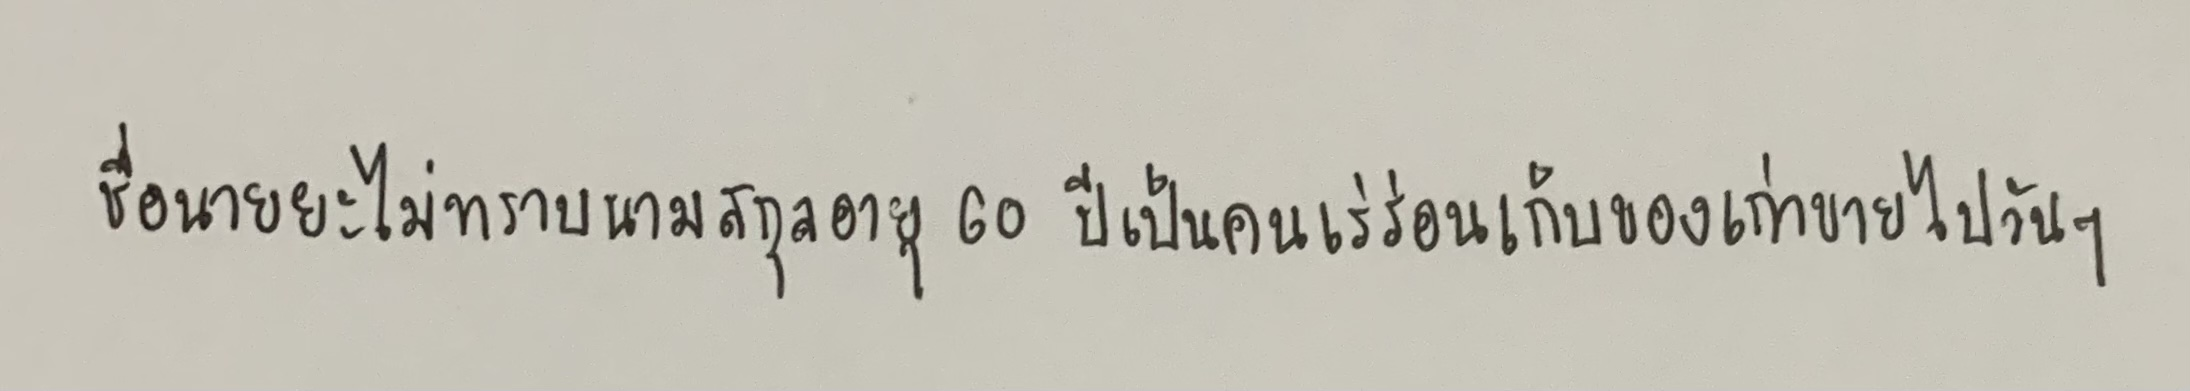
ชื่อนายยะไม่ทราบนามสกุลอายุ60ปีเป็นคนเร่ร่อนเก็บของเก่าขายไปวันๆ